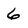
Character: 6